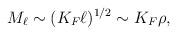
LaTeX: \begin{align*}M_{\ell}\sim (K_F\ell )^{1/2}\sim K_F\rho,\end{align*}